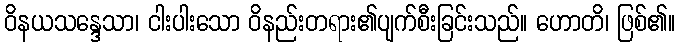
ဝိနယသန္ဒေသာ၊ ငါးပါးသော ဝိနည်းတရား၏ပျက်စီးခြင်းသည်။ ဟောတိ၊ ဖြစ်၏။